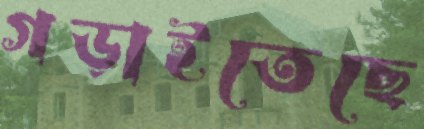
গড়াইতেছে